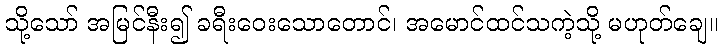
သို့သော် အမြင်နီး၍ ခရီးဝေးသောတောင်၊ အမောင်ထင်သကဲ့သို့ မဟုတ်ချေ။